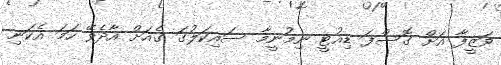
ވަޒީފާ އަށް ގޮސްފަ ޑިއުޓީ ނިމުނީމާ ސައިކަލުގަ ގެއަށް އާދެވޭ ހަމަ އެކަނި